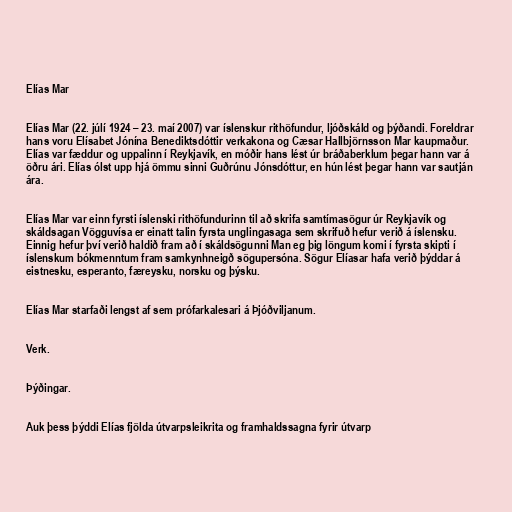
Elías Mar

Elías Mar (22. júlí 1924 – 23. maí 2007) var íslenskur rithöfundur, ljóðskáld og þýðandi. Foreldrar
hans voru Elísabet Jónína Benediktsdóttir verkakona og Cæsar Hallbjörnsson Mar kaupmaður.
Elías var fæddur og uppalinn í Reykjavík, en móðir hans lést úr bráðaberklum þegar hann var á
öðru ári. Elías ólst upp hjá ömmu sinni Guðrúnu Jónsdóttur, en hún lést þegar hann var sautján
ára.

Elías Mar var einn fyrsti íslenski rithöfundurinn til að skrifa samtímasögur úr Reykjavík og
skáldsagan Vögguvísa er einatt talin fyrsta unglingasaga sem skrifuð hefur verið á íslensku.
Einnig hefur því verið haldið fram að í skáldsögunni Man eg þig löngum komi í fyrsta skipti í
íslenskum bókmenntum fram samkynhneigð sögupersóna. Sögur Elíasar hafa verið þýddar á
eistnesku, esperanto, færeysku, norsku og þýsku.

Elías Mar starfaði lengst af sem prófarkalesari á Þjóðviljanum.

Verk.

Þýðingar.

Auk þess þýddi Elías fjölda útvarpsleikrita og framhaldssagna fyrir útvarp